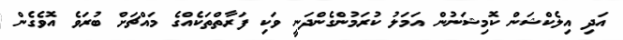
އަދި އިލެކްޝަން ކޮމިޝަނުން އަމަލު ކުރަމުންގެންދަނީ ވަކި ފަރާތްތަކެއްގެ މައްޗަށް ބުރަވެ އޮވެގެން